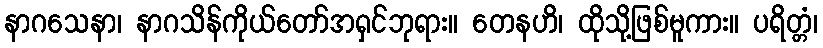
နာဂသေနာ၊ နာဂသိန်ကိုယ်တော်အရှင်ဘုရား။ တေနဟိ၊ ထိုသို့ဖြစ်မူကား။ ပရိတ္တံ၊